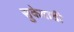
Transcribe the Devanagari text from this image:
सुकेवाडी